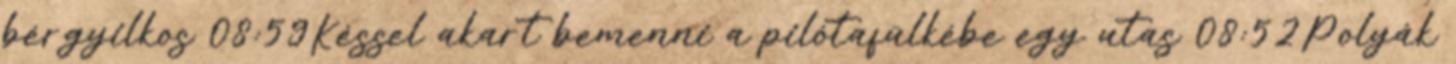
bérgyilkos 08:59Késsel akart bemenni a pilótafülkébe egy utas 08:52Polyák